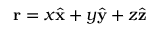
\mathbf { r } = x \hat { \mathbf { x } } + y \hat { \mathbf { y } } + z \hat { \mathbf { z } }